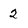
Character: 2